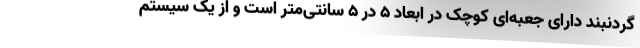
گردنبند دارای جعبه‌ای کوچک در ابعاد ۵ در ۵ سانتی‌متر است و از یک سیستم